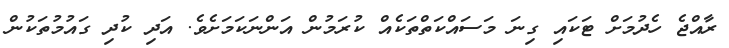
ރާއްޖެ ހެދުމަށް ޓަކައި ގިނަ މަސައްކަތްތަކެއް ކުރަމުން އަންނަކަމަށެވެ. އަދި ކުދި ގައުމުތަކުން